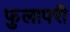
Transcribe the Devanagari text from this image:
फुलापरी